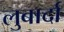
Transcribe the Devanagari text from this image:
लुबार्दा